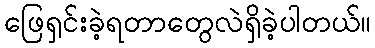
ဖြေရှင်းခဲ့ရတာတွေလဲရှိခဲ့ပါတယ်။